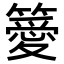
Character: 𥴨